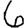
Digit: 6